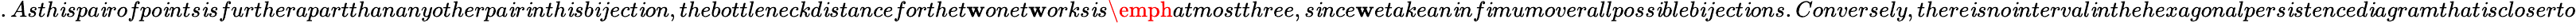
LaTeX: .Asth\mathit{i}spa\mathit{i}rofpo\mathit{i}nts\mathit{i}sfurtherapartthananyotherpa\mathit{i}r\mathit{i}nth\mathit{i}sb\mathit{i}ject\mathit{i}on,thebottleneckd\mathit{i}stanceforthet\mathbf{w}onet\mathbf{w}orks\mathit{i}s\emph{{atmostthree}},s\mathit{i}nce\mathbf{w}etakean\mathit{i}nf\mathit{i}mumoverallposs\mathit{i}bleb\mathit{i}ject\mathit{i}ons.Conversely,there\mathit{i}sno\mathit{i}nterval\mathit{i}nthehexagonalpers\mathit{i}stenced\mathit{i}agramthat\mathit{i}scloserto